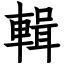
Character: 輯